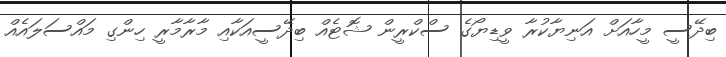
ބިދޭސީ މީހާއަށް އަނިޔާކުރާ ވީޑިޔޯގެ ސްކްރީން ޝޮޓެއް ބިދޭސީއަކާއި މާރާމާރީ ހިންގި މައްސަލައެއް